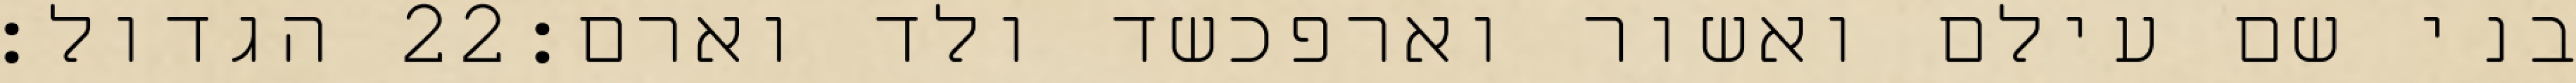
הגדול׃ ‎22‏ בני שם עילם ואשור וארפכשד ולד וארם׃